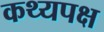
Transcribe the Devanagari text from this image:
कथ्यपक्ष